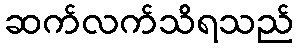
ဆက်လက်သိရသည်